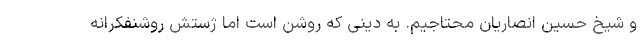
و شیخ حسین انصاریان محتاجیم. به دینی که روشن است اما ژستش روشنفکرانه